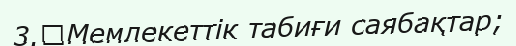
3.	Мемлекеттік табиғи саябақтар;